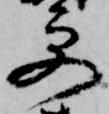
更